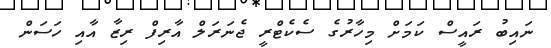
ނައިބު ރައީސް ކަމަށް މިހާރުގެ ސެކެޓްރީ ޖެނަރަލް އާރިފް ރިޒާ އާއި ހަސަން